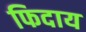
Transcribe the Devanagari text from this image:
फिदाय